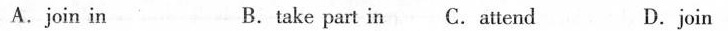
A.join in B.take part in C. attend D.join